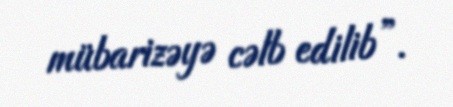
mübarizəyə cəlb edilib”.